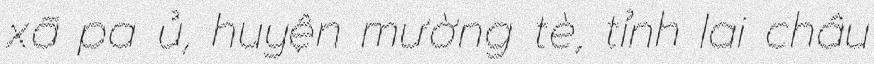
xã pa ủ, huyện mường tè, tỉnh lai châu